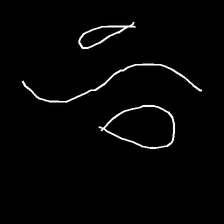
Glyph: water